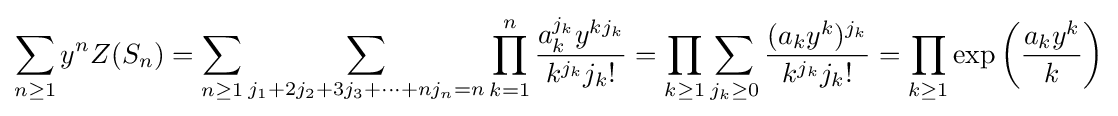
\sum \limits _{n\geq 1}y^{n}Z(S_{n})=\sum \limits _{n\geq 1}\sum _{j_{1}+2j_{2}+3j_{3}+\cdots +nj_{n}=n}\prod _{k=1}^{n}{\frac {a_{k}^{j_{k}}y^{kj_{k}}}{k^{j_{k}}j_{k}!}}=\prod \limits _{k\geq 1}\sum \limits _{j_{k}\geq 0}{\frac {(a_{k}y^{k})^{j_{k}}}{k^{j_{k}}j_{k}!}}=\prod \limits _{k\geq 1}\exp \left({\frac {a_{k}y^{k}}{k}}\right)